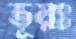
ভূয়ঃ